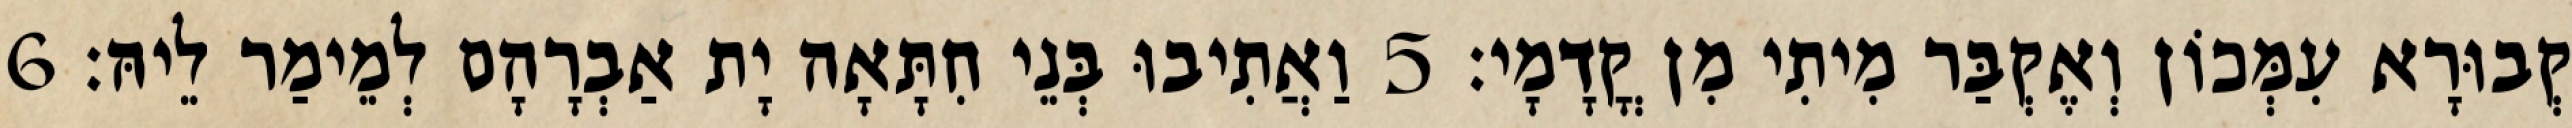
קְבוּרָא עִמְּכוֹן וְאֶקְבַּר מִיתִי מִן קֳדָמָי׃ 5 וַאֲתִיבוּ בְּנֵי חִתָּאָה יָת אַבְרָהָם לְמֵימַר לֵיהּ׃ 6